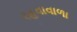
રહવાવાળા